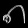
Digit: ၈